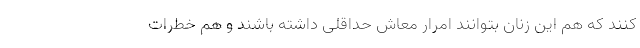
کنند که هم این زنان بتوانند امرار معاش حداقلی داشته باشند و هم خطرات